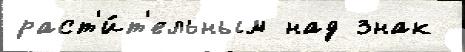
раст'и́т'ельным над знак